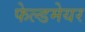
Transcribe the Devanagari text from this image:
फेल्डमेयर